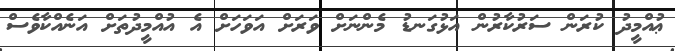
ޢުއްމީދު ކުރަން ސަރުކާރުން އަޅުގަނޑު މެންނަށް ވަރަށް އަވަހަށް އެ އުއްމީދުތަށް އަނެއްކާވެސް